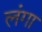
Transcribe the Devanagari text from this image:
लंगा